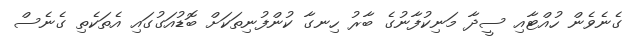
ގެނެވެން ހުއްޓާއި ސީދާ މަނިކުފާނުގެ ބާރު ހިނގާ ކުންފުނިތަކަށް ބޮޑުއަގުގައި އެތަކެތި ގެނެސް